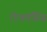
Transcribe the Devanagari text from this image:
रिकॉर्डिस